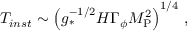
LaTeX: T _ { i n s t } \sim \left( g _ { \ast } ^ { - 1 / 2 } H \Gamma _ { \phi } M _ { \mathrm { P } } ^ { 2 } \right) ^ { 1 / 4 } \, ,